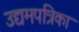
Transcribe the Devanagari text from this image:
उद्यमपत्रिका